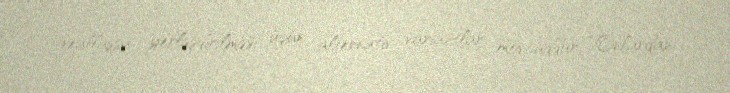
reallaşsa, yerləşdirilməsi üçün alternativ variantlar mövcuddur: “Onlardan